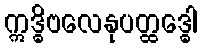
ဣဒ္ဓိဗလေနုပတ္ထဒ္ဓေါ